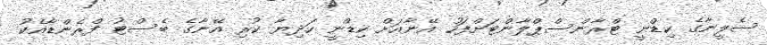
ސެލީނާގެ ކިޑްނީ ޓްރާންސްޕްލާންޓަށްފަހު އޭނާއަށް ކިޑްނީ ހަދިޔާ ކުރި އޭނާގެ ބެސްޓު ފްރެންޑާއެކު